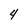
Character: 4